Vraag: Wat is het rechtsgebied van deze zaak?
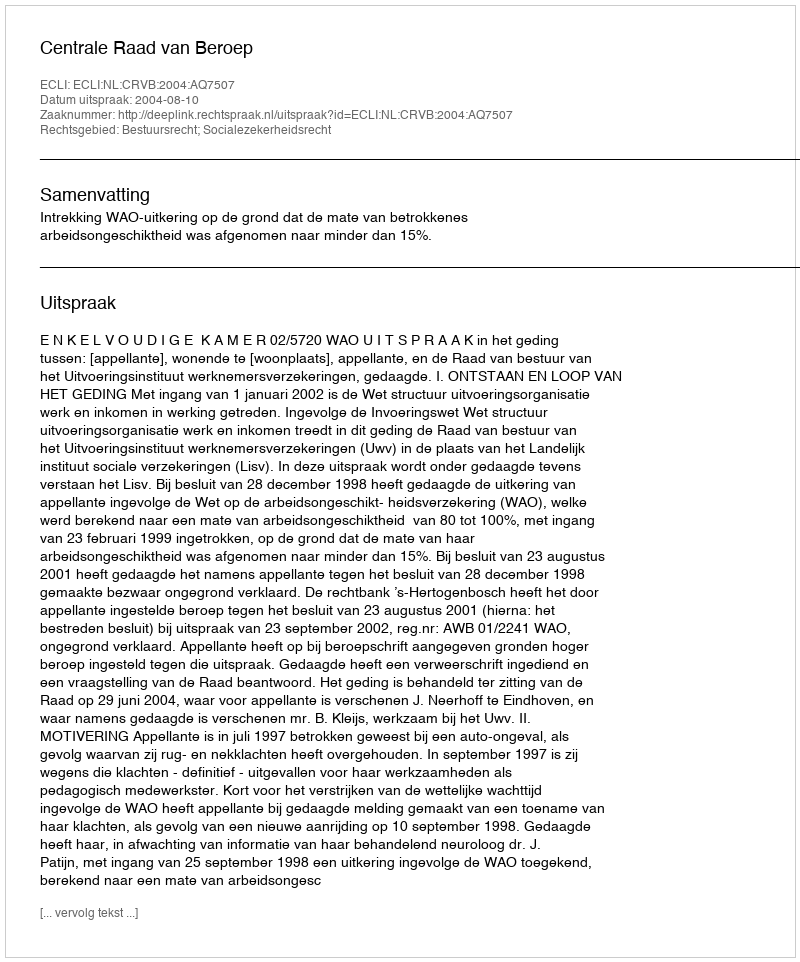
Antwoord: Bestuursrecht; Socialezekerheidsrecht